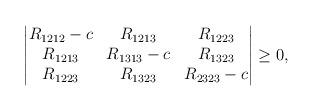
LaTeX: \begin{align*}\begin{vmatrix}R_{1212}-c & R_{1213} & R_{1223}\\R_{1213} & R_{1313}-c & R_{1323}\\R_{1223} & R_{1323} & R_{2323}-c\end{vmatrix} \geq 0, \end{align*}